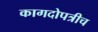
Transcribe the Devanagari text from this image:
कागदोपत्रीच